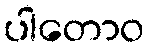
ပါတောဝ